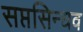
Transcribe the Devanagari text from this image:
सप्तसिन्धव